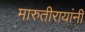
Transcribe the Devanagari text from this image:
मारुतीरायांनी